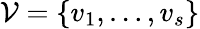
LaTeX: {\mathcal{V}}=\{ v_{1},\ldots,v_{s}\}